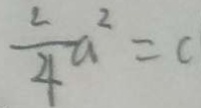
\frac { 2 } { 4 } a ^ { 2 } = c